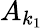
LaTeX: A_{k_{1}}